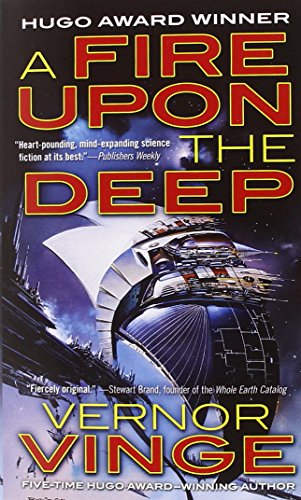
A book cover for A Fire Upon The Deep (Zones of Thought); Vernor Vinge; Science Fiction & Fantasy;